Veterinary regulations India, 1935 -
Year: 1935
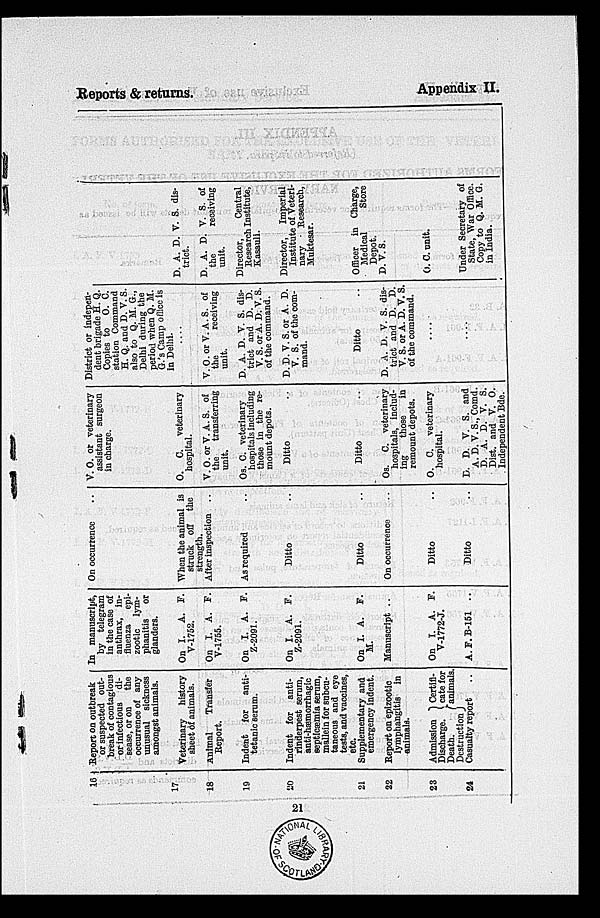
Reports & returns.
Appendix II.
16
17
18
19
20
21
22
23
24
Report On outbreak
or suspected out-
break of contagious
or infectious di-
sease, or on the
occurrence of any
unusual sickness
amongst animals.
Veterinary history
sheet of animals.
Animal Transfer
Report.
Indent for anti-
tetanic serum.
Indent for anti-
rinderpest serum,
anti-hæmorrhagic
septicæmia serum,
mallein for subcu-
taneous and eye
tests, and vaccines,
etc.
Supplementary and
emergency indent.
Report on epizootic
lymphangitis in
animals.
Admission
Discharge.
Death.
Destruction
Certifi-
cate for
animals.
Casualty report ..
In manuscript,
by telegram
in the case of
anthrax, in-
fluenza epi-
zootic lym-
phanitis or
glanders.
On I. A. F.
V-1752.
On I. A. F.
V-1755.
On I. A. F.
Z-2091.
On I. A. F.
Z-2091.
On I. A. F.
M.
Manuscript ..
On I. A. F.
V-1772-J.
A. F. B-151 ..
On occurrence ..
When the animal is
struck off the
strength.
After inspection ..
As required ..
Ditto ..
Ditto ..
On occurrence ..
Ditto ..
Ditto ..
V. O. or veterinary
assistant surgeon
in charge.
O. C. veterinary
hospital.
V. O. or V. A. S. of
the
transferring
unit.
Os. C. veterinary
hospitals including
those in the re-
mount depots.
Ditto ..
Ditto ..
Os. C. veterinary
hospitals, includ-
ing
those
in
remount depots.
O. C. veterinary
hospital.
D. D. V. S. and
A. D. V. S., Comd.
d. a. d. V. S.
Dist. and V. O.
Independent Bde.
District or indepen-
dent brigade H. Q.
Copies to O. C.
station Command
H. Q. and D. V. S.
also to Q. M. G.,
Delhi during the
period when Q. M.
G.'s Camp office is
in Delhi.
....
V. O. or V. A. S. of
the
receiving
unit.
D. A. D. V. S. dis-
trict and D. D.
V. S. or A. D. V. S.
of the command.
D. D. V. S. or A. D.
V. S. of the com-
mand.
Ditto ..
D. A. D. V. S. dis-
trict and D. D.
V. S. or A. D. V. S.
of the command.
....
....
D. A. D. V. S. of
trict.
D. A. D. V. S. of
the
receiving
unit.
Director,
Central
Research Institute,
Kasauli.
Director, Imperial
Institute of Veteri-
nary * Research,
Muktesar.
Officer in Charge,
Medical Store
Depot.
D. V. S.
O. C. unit.
Under Secretary of
State, War Office.
Copy to Q. M. G.
in India.
21